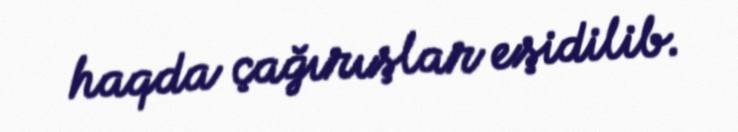
haqda çağırışlar eşidilib.